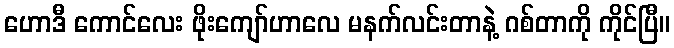
ဟောဒီ ကောင်လေး ဖိုးကျော်ဟာလေ မနက်လင်းတာနဲ့ ဂစ်တာကို ကိုင်ပြီ။